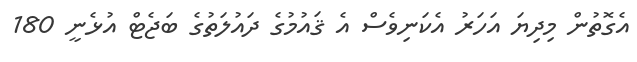
އެގޮތުން މިދިޔަ އަހަރު އެކަނިވެސް އެ ޤައުމުގެ ދައުލަތުގެ ބަޖެޓް އުޅެނީ 180